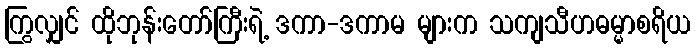
ကြွလျှင် ထိုဘုန်းတော်ကြီးရဲ့ ဒကာ-ဒကာမ များက သကျသီဟဓမ္မာစရိယ